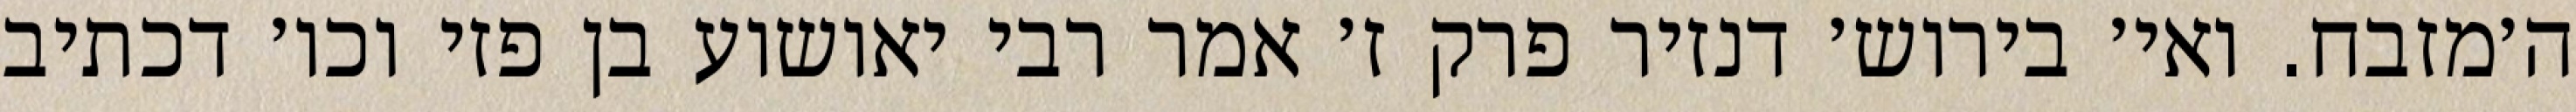
ה׳מזבח. ואי׳ בירוש׳ דנזיר פרק ז׳ אמר רבי יאושוע בן פזי וכו׳ דכתיב